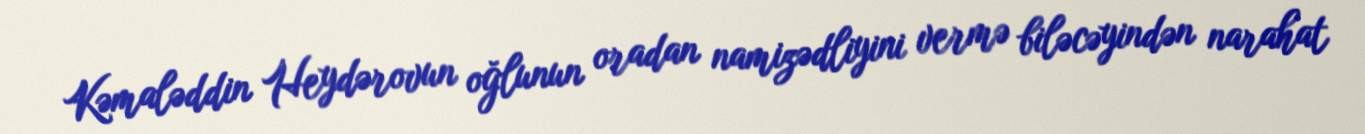
Kəmaləddin Heydərovun oğlunun oradan namizədliyini vermə biləcəyindən narahat